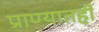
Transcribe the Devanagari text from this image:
प्राण्यातही